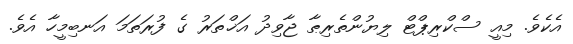
އެކެވެ. މިއީ ސްކްރިޕްޓް ލިޔުންތެރިޠާ ޖާވިދު އަޚްތަރު ގެ ފުރަތަމަ އަނބިމީހާ އެވެ.